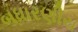
બધારણીય